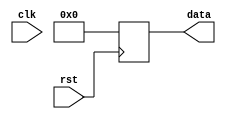
module synchronous_reset(
    input wire rst,
    input wire clk,
    output reg [7:0] data
);

always @(posedge rst) begin
    if(rst) begin
        data <= 8'b0; // Resetting to initial value
    end else begin
        // Other logic for the circuit
    end
end

endmodule